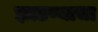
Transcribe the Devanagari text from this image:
झाडण्याचा